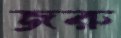
জরু